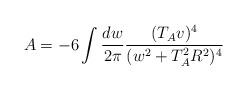
LaTeX: \begin{align*}A= - 6 \int \frac{dw}{2\pi} \frac{(T_A v)^4}{(w^2+T^2_A R^2)^4}\end{align*}